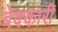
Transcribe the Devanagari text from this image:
बेक्कारी